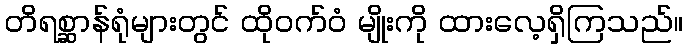
တိရစ္ဆာန်ရုံများတွင် ထိုဝက်ဝံ မျိုးကို ထားလေ့ရှိကြသည်။